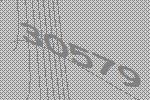
30579